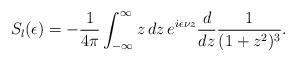
LaTeX: \begin{align*}S_l(\epsilon)=-{1\over4\pi}\int_{-\infty}^\infty z\,dz\,e^{i\epsilon \nu z}{d\over dz}{1\over(1+z^2)^3}.\end{align*}